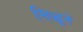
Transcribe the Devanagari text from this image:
सिद्धूने